Vital statistics of India. Vol. IV, Annual returns from 1871 to 1876. British Army of India, Native Army and jails of Bengal
Year: 1871
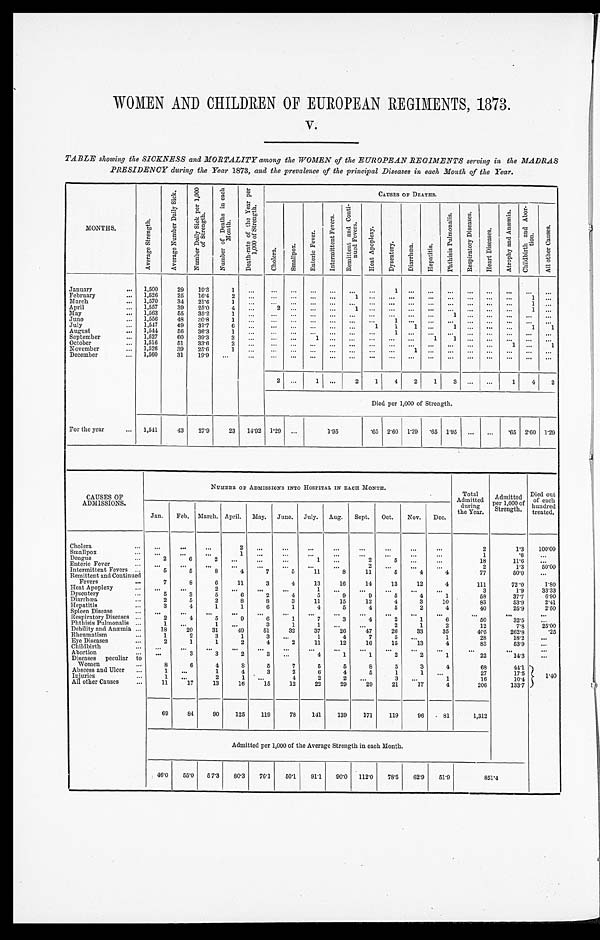
WOMEN AND CHILDREN OF EUROPEAN REGIMENTS, 1873.
V.
TABLE showing the SICKNESS and MORTALITY among the WOMEN of the EUROPEAN REGIMENTS serving in the MADRAS
PRESIDENCY during the Year 1873, and the prevalence of the principal Diseases in each Month of the Year.
MONTHS.
A v e r a g e S t r e n g t h .
A v e r a g e N u m b e r D a i l y S i c k .
N u m b e r D a i l y S i c k p e r 1 , 0 0 0 o f S t r e n g t h .
N u m b e r o f D e a t h s i n e a c h M o n t h .
D e a t h - r a t e o f t h e y e a r p e r 1 , 0 0 0 o f S t r e n g t h .
CAUSES OF DEATHS.
C h o l e r a .
S m a l l p o x .
E n t e r i c F e v e r .
I n t e r m i t t e n t F e v e r s .
R e m i t t e n t a n d C o n t i - n u e d F e v e r .
H e a t A p o p l e x y .
D y s e n t e r y .
D i a r r h œ a .
H e p a t i t i s .
P h t h i s i s P u l m o n a l i s .
R e s p i r a t o r y D i s e a s e s .
H e a r t D i s e a s e s .
A t r o p h y a n d A n æ m i a . C h i l d b i r t h a n d A b o r - t i o n .
A l l o t h e r C a u s e s .
January . . .
1,500
29
19.3
1
. . .
. . .
. . .
. . .
. . .
. . .
. . .
1
. . .
. . .
. . .
. . .
. . .
. . .
. . .
. . .
February . . .
1,526
25
16.4
2
. . .
. . .
. . .
. . .
. . .
1 . . .
. . .
. . .
. . .
. . .
. . .
. . .
. . .
1
. . .
March . . .
1,570
34
21.6
1
. . .
. . .
. . .
. . .
. . .
. . .
. . .
. . .
. . .
. . .
. . .
. . .
. . .
. . .
1
. . .
April . . .
1,557
39
25.0
4
. . .
2
. . . . . .
. . .
1 . . .
. . .
. . .
. . .
. . .
. . .
. . . . . .
1 . . .
May . . .
1,563
55
35.2
1
. . .
. . .
. . .
. . .
. . .
. . .
. . .
. . .
. . .
. . .
1
. . .
. . . . . .
. . .. . .
June . . .
1,556
48
30.8
1
. . .
. . .
. . .
. . .
. . .
. . .
. . .
1
. . .
. . .
. . .
. . .
. . . . . .
. . .. . .
July . . .
1,547
49
31.7
6
. . .
. . .
. . .
. . .
. . .
. . .
1
1
1
. . .
1
. . .
. . . . . .
1
1
August . . .
1, 544
56
36.3
1
. . .
. . .
. . .
. . .
. . .
. . .
. . .
1
. . .
. . .
. . .
. . .
. . .
. . .
. . .
. . .
September . . .
1,527
60
39.3
3
. . .
. . .
. . .
1
. . .
. . .
. . .
. . .
. . .
1
1
. . .
. . .
. . .
. . .
. . .
October . . .
1,516
51
33.6
2
. . .
. . .
. . .
. . .
. . .
. . .
. . .
. . .
. . .
. . .
. . .
. . .
. . .
1
. . .
1
November . . .
1,526
39
25.6
1
. . .
. . .
. . .
. . .
. . .
. . .
. . .
. . .
1
. . .
. . .
. . .
. . .
. . .
. . .
. . .
December . . .
1,560
31
19.9
. . .
. . .
. . .
. . .
. . .
. . .
. . .
. . .
. . .
. . .
. . .
. . .
. . .
. . .
. . .
. . .
. . .
2
. . .
1
. . .
2
1
4
2
1
3
. . .
. . .
1
4
2
Died per 1,000 of Strength.
For the year . . .
1,541
43
27.9
23
14.92 1.29
. . .
1.95
.65
2.60
1.29
.65
1.95
. . .
. . .
.65
2.60 1.29
CAUSES OF
ADMISSIONS.
NUMBER OF ADMISSIONS INTO HOSPITAL IN EACH MONTH.
Total
Admitted
during
the Year.
Admitted
per 1,000 of
Strength.
Died out
of each
hundred
treated.
Jan.
Feb.
March. April.
May.
June.
July.
Aug.
Sept.
Oct.
Nov.
Dec.
Cholera . . .
. . .
. . .
. . .
. . .2
. . .
. . .
. . .
. . .
. . .
. . .
. . .
2
1.3
100.00
Smallpox . . .
. . .
. . .
. . .
1
. . .
. . .
. . .
. . .
. . .
. . .
. . .
. . .
1
.6
. . .
Dengue . . .
2
6
2
. . .
. . .
. . .
1
. . .
2
5
. . .
. . .
18
11.6
. . .
Enteric Fever . . .
. . .
. . .
. . .
. . .
. . .
. . .
. . .
. . .
2
. . .
. . .
. . .
2
1 . 3
50.00
Intermittent Fevers . . .
5
5
8
4
7
5
11
8
11
5
4
4
77
50.0
. . .
Remittent and Continued
Fevers
. . .
7
8
6
11
3
4
13
16
14
13
12
4
111
72.0
1.80
Heat Apoplexy . . .
. . .
. . .
2
. . .
. . .
. . .
1
. . .
. . .
. . .
. . .
. . .
3
1.9
33.33
Dysentery . . .
5
3
5
6
2
4
5
9
9
5
4
1
58
37.7
6.90
Diarrhœa . . .
2
5
2
8
8
3
11
15
12
4
3
10
83
53.9
2.41
Hepatitis . . .
3
4
1
1
6
1
4
5
4
5
2
4
40
25.9
2.50
Spleen Disease . . .
. . .
. . .
. . .
. . .
. . .
. . .
. . .
. . .
. . .
. . .
. . .
. . .
. . .
. . .
. . .
Respiratory Diseases . . .
2
4
5
9
6
1
7
3
4
2
1
6
50
32.5
. . .
Phthisis Pulmonalis . . .
1
. . .
1
. . .
3
1
1
. . .
. . .
2
1
2
12
7.8
25.00
Debility and Anæmia . . .
18
20
31
49
51
32
37
26
47
26
33
35
405
262.8
.25
Rheumatism . . .
1
2
3
1
3
. . .
1
4
7
5
. . .
1
28
18.2
. . .
Eye Diseases . . .
2
1
1
2
4
2
11
12
16
15
13
4
83
53.9
. . .
Childbirth
. . .
. . .
. . .
. . .
. . .
. . .
. . .
. . .
. . .
. . .
. . .
. . .
. . .
. . .
. . .
. . .
Abortion
. . .
. . .
3
3
2
3
. . .
4
1
1
2
2
1
22
14.3
. . .
Diseases peculiar to
Women . . .
8
6
4
8
5
7
5
5
8
5
3
4
68
44.1
1 . 4 0
Abscess and Ulcer . . .
1
. . .
1
4
3
2
6
4
5
1
1
. . .
27
17.5
Injuries . . .
1
. . .
2
1
. . .
4
2
2
. . .
3
. . .
1
16
10.4
All other Causes . . .
11
17
13
16
15
12
22
29
29
21
17
4
206
133.7
69
84
90
125
119
78
141
139
171
119
96
81
1,312
Admitted per 1,000 of the Average Strength in each Month.
46.0
55.0
57.3
80.3
76.1
50.1
91.1
90.0
112.0
78.5
62.9
51.9
851.4